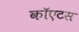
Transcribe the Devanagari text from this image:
कॉएटस